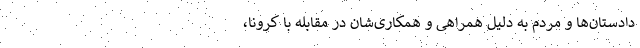
دادستان‌ها و مردم به دلیل همراهی و همکاری‌شان در مقابله با کرونا،